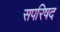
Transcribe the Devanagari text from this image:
सपरिषद